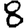
Digit: 8